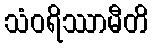
သံဝရိဿာမီတိ